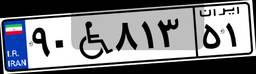
۹۰W۸۱۳۵۱